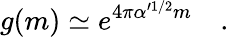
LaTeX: g(m)\simeq e^{4\pi\alpha^{\prime 1/2}m}\quad.